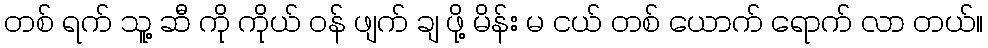
တစ် ရက် သူ့ ဆီ ကို ကိုယ် ဝန် ဖျက် ချ ဖို့ မိန်း မ ငယ် တစ် ယောက် ရောက် လာ တယ်။